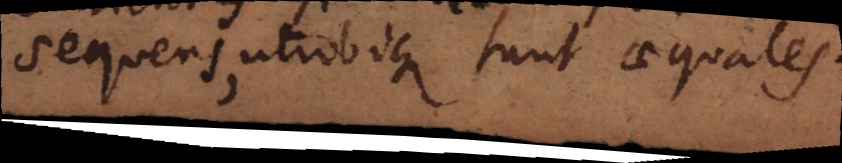
sequens, utrobique sunt aequales.